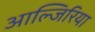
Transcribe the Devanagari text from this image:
आल्जिरिया